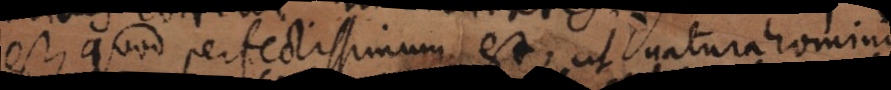
est, quod perfectissimum est, ut natura hominis